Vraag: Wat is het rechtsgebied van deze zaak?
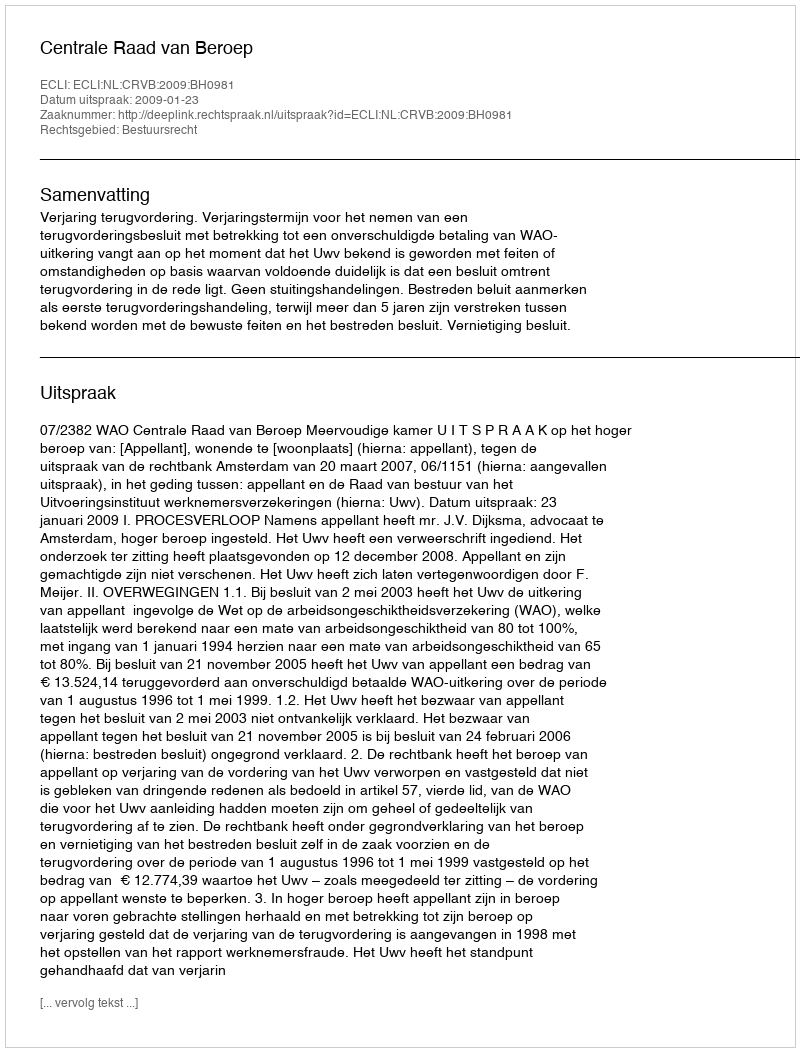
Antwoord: Bestuursrecht